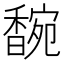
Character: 𬳞